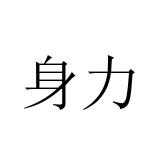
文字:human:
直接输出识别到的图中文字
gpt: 身力